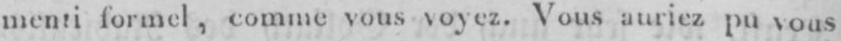
menti formel, comme vous voyez. Vous auriez pu vous